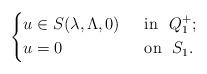
LaTeX: \begin{align*}\left\{\begin{aligned}&u\in S(\lambda,\Lambda,0)&& ~~\mbox{in}~~Q_1^+;\\&u=0&& ~~\mbox{on}~~S_1.\end{aligned}\right.\end{align*}